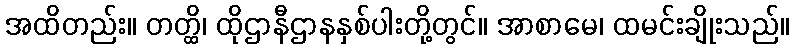
အထိတည်း။ တတ္ထိ၊ ထိုဌာနီဌာနနှစ်ပါးတို့တွင်။ အာစာမေ၊ ထမင်းချိုးသည်။